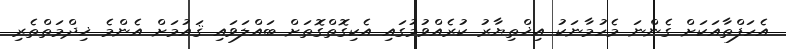
އެހަފްތާއަކަށް ގެންނަ މެހުމާނަކު އިޚްތިޔާރު ކުރެއްވުމުގައި އެކިގޮތްގޮތަށް ބައްލަވައި ޤައުމަށް އެންމެ ޚިދްމަތްތެރި